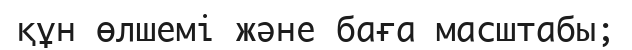
құн өлшемі және баға масштабы;